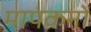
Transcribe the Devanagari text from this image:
मापंकनों